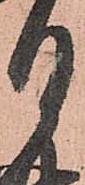
月